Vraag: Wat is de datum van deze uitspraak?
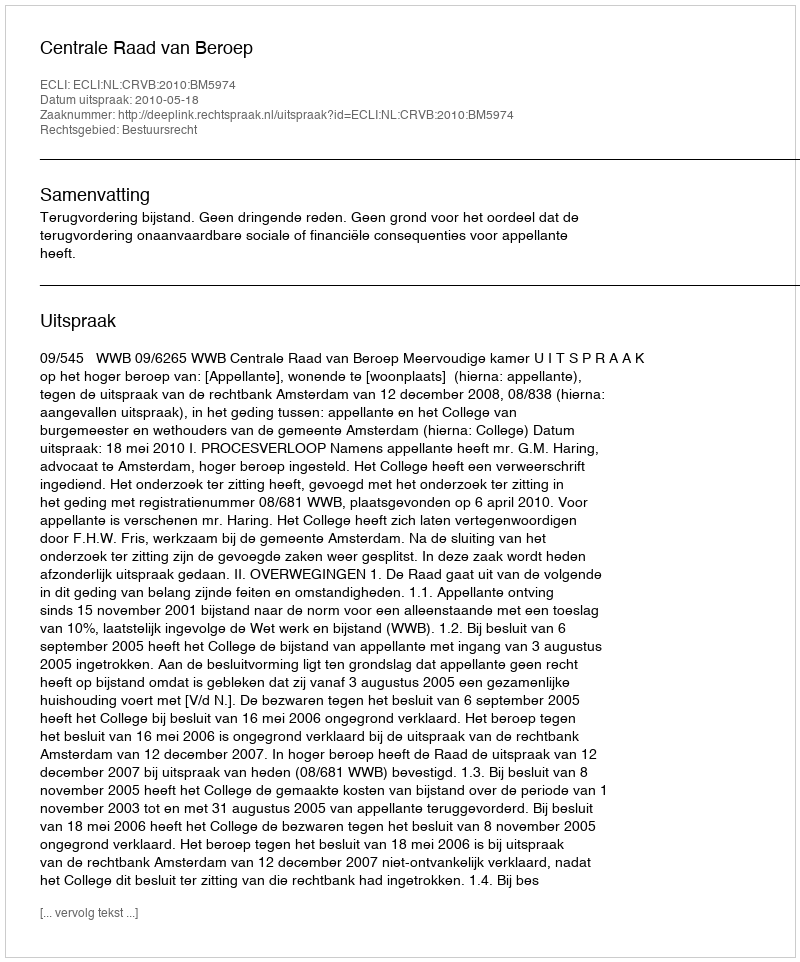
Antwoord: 2010-05-18